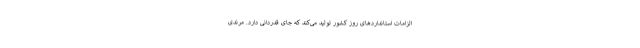
الزامات استانداردهای روز کشور تولید می‌کند که جای قدردانی دارد. مرندی